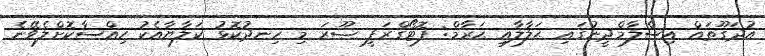
އުދަގޫތައް އިސްލާމްދީނުގައި ޙަލާލާއި ޙަރާމް: ފޮޓޯގްރަފީ ޞޫރަ މި ހިނދުކޮޅު ކަލާޔާއެކު ހިއްސާކޮށްލެވޭނެ